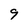
Character: 9